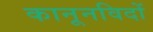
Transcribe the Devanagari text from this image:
कानूनविदों